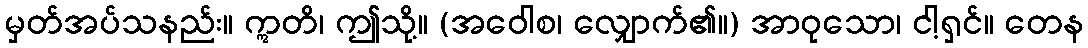
မှတ်အပ်သနည်း။ ဣတိ၊ ဤသို့။ (အဝေါစ၊ လျှောက်၏။) အာဝုသော၊ ငါ့ရှင်။ တေန